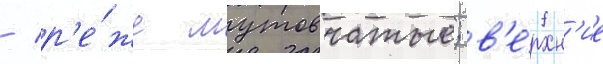
/ р'е́же мутовчатые; в'е́рхн'ие